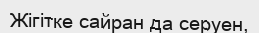
Жігітке сайран да серуен,